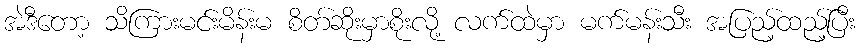
အဲဒီတော့ သိကြားမင်းမိန်းမ စိတ်ဆိုးမှာစိုးလို့ လက်ထဲမှာ မက်မန်းသီး အပြည့်ထည့်ပြီး